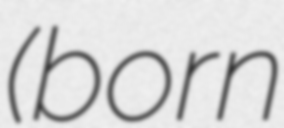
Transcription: (born